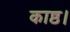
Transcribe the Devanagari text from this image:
काष्ठ।